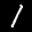
Label: 1